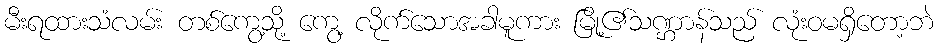
မီးရထားသံလမ်း တစ်ကွေ့သို့ ကွေ့ လိုက်သောအခါမူကား မြို့၏သဏ္ဌာန်သည် လုံးဝမရှိတော့ဘဲ